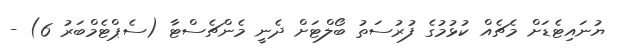
ޔުނައިޓެޑަށް މެޗެއް ކުޅުމުގެ ފުރުސަތު ބޯލްޓަށް ދެނީ މެންޗެސްޓާ (ސެޕްޓެމްބަރު 6) -